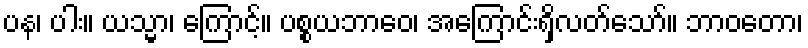
ပန၊ ပါး။ ယသ္မာ၊ ကြောင့်။ ပစ္စယဘာဝေ၊ အကြောင်းရှိလတ်သော်။ ဘာဝတော၊